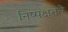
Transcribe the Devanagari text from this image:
निष्पक्षतेने